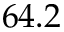
6 4 . 2